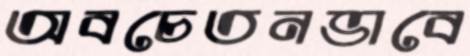
অবচেতনভাবে